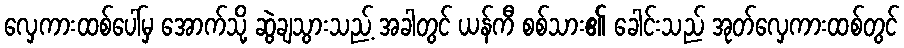
လှေကားထစ်ပေါ်မှ အောက်သို့ ဆွဲချသွားသည့် အခါတွင် ယန်ကီ စစ်သား၏ ခေါင်းသည် အုတ်လှေကားထစ်တွင်